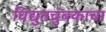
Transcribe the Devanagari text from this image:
विद्युतचुंबकाचा